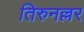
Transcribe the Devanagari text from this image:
तिरुनल्लर